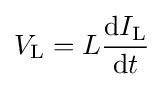
V_{\text{L}}=L{\frac {\mathrm {d} I_{\text{L}}}{\mathrm {d} t}}